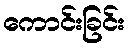
ကောင်းခြင်း